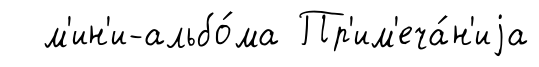
м'ин'и-альбо́ма Пр'им'еча́н'иjа